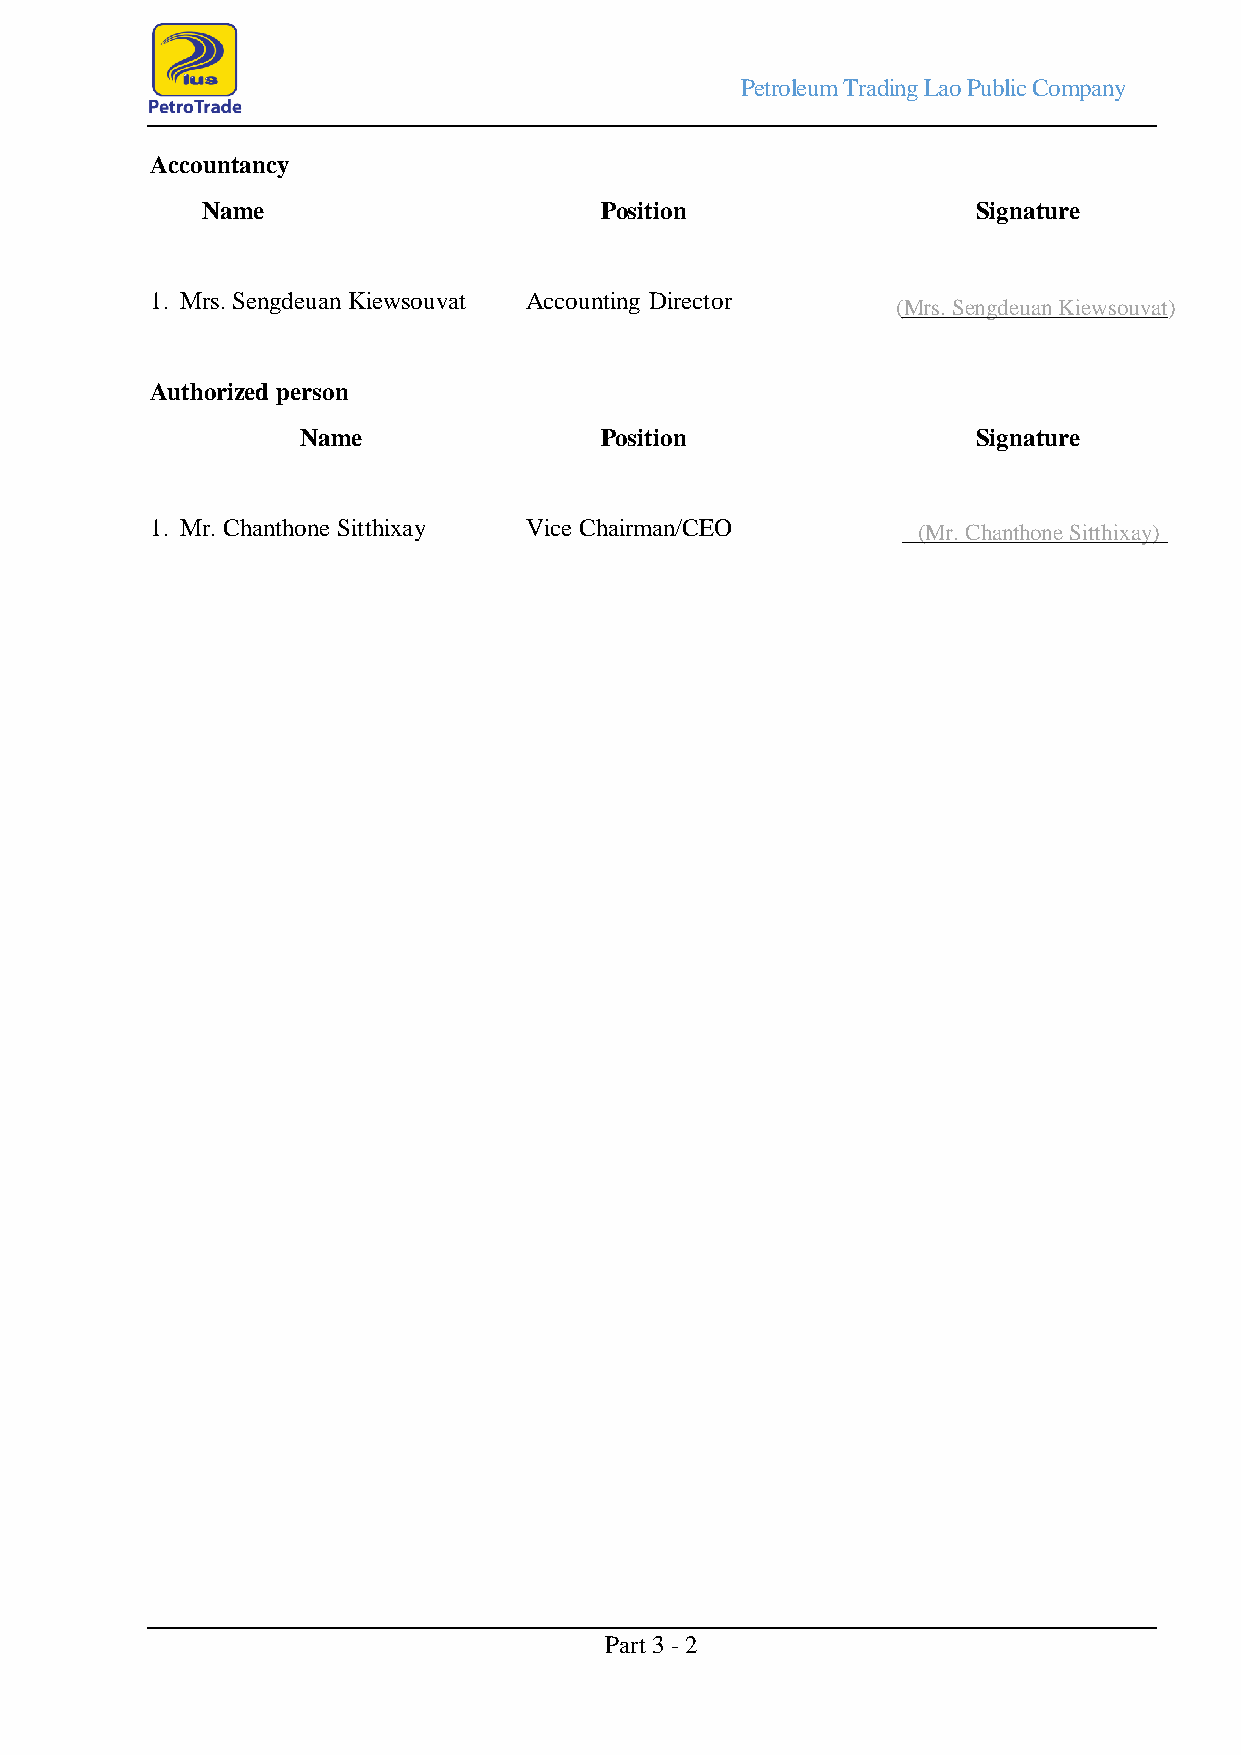
Petroleum Trading Lao Public Company
 Accountancy
 Name                       Position                 Signature
 1. Mrs. Sengdeuan Kiewsouvat Accounting Director
 (Mrs. Sengdeuan Kiewsouvat)
 Authorized person
 Name                Position                 Signature
 1. Mr. Chanthone Sitthixay Vice Chairman/CEO       (Mr. Chanthone Sitthixay)
 Part 3 - 2